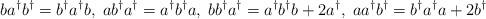
LaTeX: \begin{align*}ba^{\dagger }b^{\dagger }=b^{\dagger }a^{\dagger }b, \; ab^{\dagger }a^{\dagger}=a^{\dagger }b^{\dagger }a, \; bb^{\dagger }a^{\dagger }=a^{\dagger }b^{\dagger}b+2a^{\dagger }, \; aa^{\dagger }b^{\dagger }=b^{\dagger }a^{\dagger }a+2b^{\dagger }\end{align*}